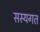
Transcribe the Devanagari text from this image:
सस्यगत